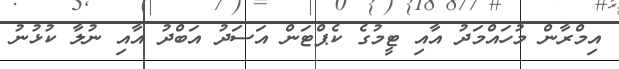
އިމްރާން މުހައްމަދު އާއި ޓީމުގެ ކެޕްޓަން އަސަދު އަބްދު އާއި ނުލާ ކުޅުނު